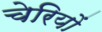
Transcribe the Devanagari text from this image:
चेरियों